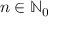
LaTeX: n \in \mathbb { N } _ { 0 }